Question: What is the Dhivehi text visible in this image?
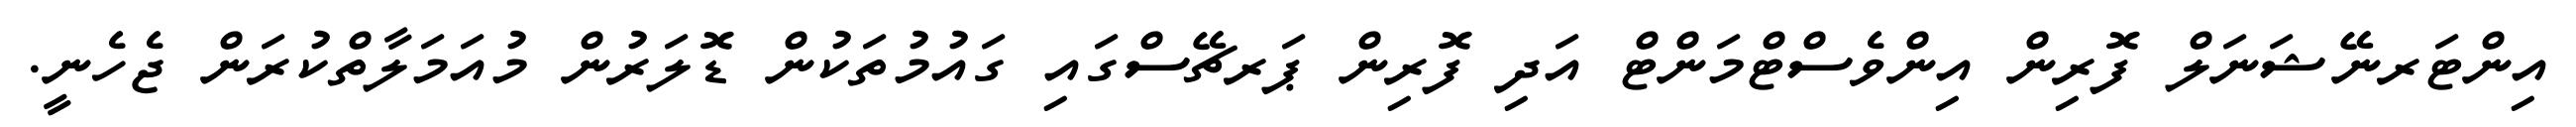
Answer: އިންޓަރނޭޝަނަލް ފޮރިން އިންވެސްޓްމަންޓް އަދި ފޮރިން ޕަރޗޭސްގައި ގައުމުތަކުން ޑޮލަރުން މުއަމަލާތްކުރަން ޖެހެނީ.